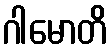
ဂါမောတိ